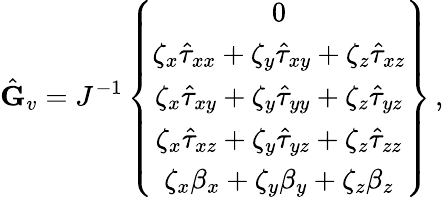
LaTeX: \hat{\mathbf{G}}_{v}=J^{-1}\left\{ \begin{array}{c}{0}\\ {\zeta_{x}\hat{\tau}_{xx}+\zeta_{y}\hat{\tau}_{xy}+\zeta_{z}\hat{\tau}_{xz}}\\ {\zeta_{x}\hat{\tau}_{xy}+\zeta_{y}\hat{\tau}_{yy}+\zeta_{z}\hat{\tau}_{yz}}\\ {\zeta_{x}\hat{\tau}_{xz}+\zeta_{y}\hat{\tau}_{yz}+\zeta_{z}\hat{\tau}_{zz}}\\ {\zeta_{x}{\beta}_{x}+\zeta_{y}{\beta}_{y}+\zeta_{z}{\beta}_{z}}\end{array}\right\} \, \mathrm{,}